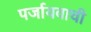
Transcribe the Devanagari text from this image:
पर्जायवाची